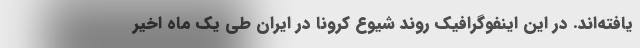
یافته‌اند. در این اینفوگرافیک روند شیوع کرونا در ایران طی یک ماه اخیر